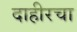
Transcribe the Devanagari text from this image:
दाहीरचा